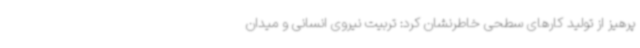
پرهیز از تولید کارهای سطحی خاطرنشان کرد: تربیت نیروی انسانی و میدان